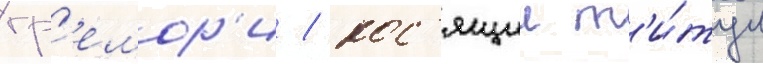
гр'емор'и / нос'ящии т'и́тул